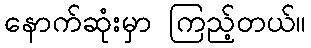
နောက်ဆုံးမှာ ကြည့်တယ်။